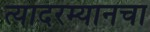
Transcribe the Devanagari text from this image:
त्यादरम्यानचा